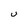
Character: U